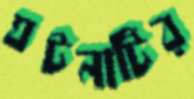
ঘটনাটির